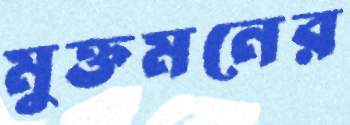
মুক্তমনের